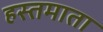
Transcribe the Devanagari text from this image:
हस्तमाता